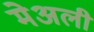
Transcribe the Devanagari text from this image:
मेअली